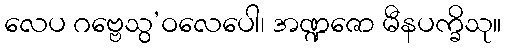
လေပ ဂဗ္ဗေသွ’ဝလေပေါ၊ အဏ္ဍဇော မီနပက္ခိသု။